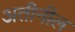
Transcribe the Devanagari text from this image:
अतीनील